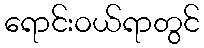
ရောင်းဝယ်ရာတွင်